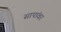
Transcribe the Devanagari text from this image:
सापांवर